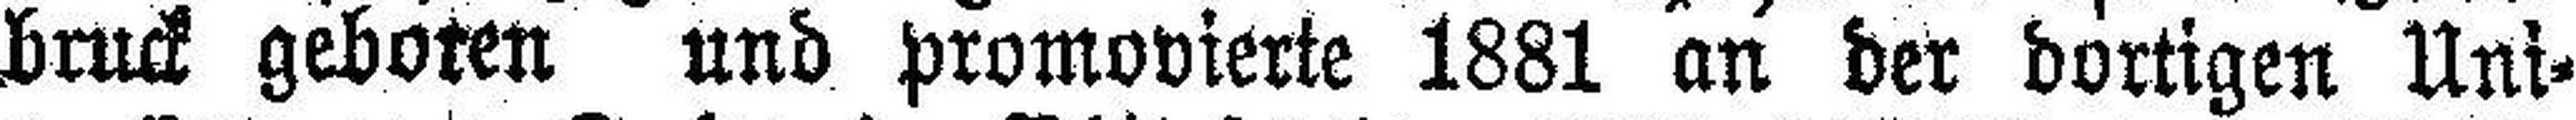
bruck geboren und promovierte 1881 an der dortigen Uni¬